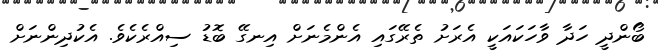
ބޯންދީ ހަދާ ވާހަކައަކީ އެރަށު ތެރޭގައި އެންމެނަށް އިނގޭ ބޮޑު ސިއްރެކެވެ. އެކުދިންނަށް